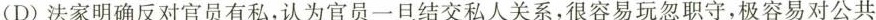
(D)法家明确反对官员有私，认为官员一旦结交私人关系，很容易玩忽职守，极容易对公共